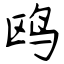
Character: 鸥